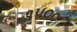
૧૫૦૦